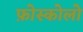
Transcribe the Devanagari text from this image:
फ़ोस्कोलो